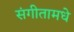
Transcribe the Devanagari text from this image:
संगीतामधे